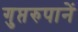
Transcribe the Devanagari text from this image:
गुप्तरुपानें